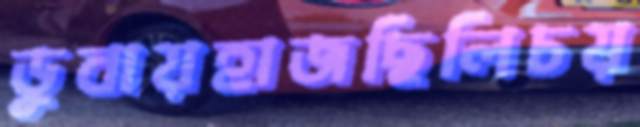
ডুবায়হাজছিলিচয়